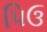
પિઉ